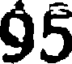
95